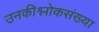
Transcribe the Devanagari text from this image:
उनकीश्लोकसंख्या